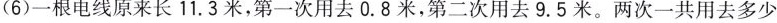
(6)一根电线原来长11.3米，第一次用去0.8米，第二次用去9.5米。两次一共用去多少